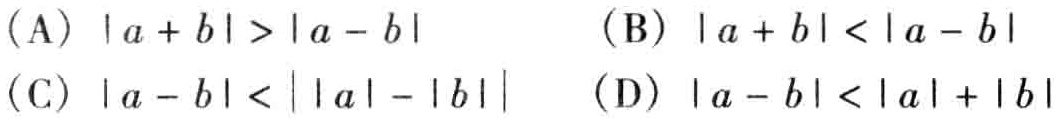
(A) \(|a + b| > |a - b|\)
(B) \(|a + b| < |a - b|\)
(C) \(|a - b| < ||a| - |b||\)
(D) \(|a - b| < |a| + |b|\)